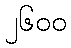
၂၆၀၀